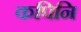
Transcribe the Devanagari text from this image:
कपिनि